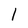
Character: 1